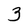
Character: 3